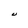
Character: U